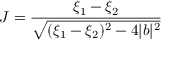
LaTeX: J = { \frac { \xi _ { 1 } - \xi _ { 2 } } { \sqrt { ( \xi _ { 1 } - \xi _ { 2 } ) ^ { 2 } - 4 | b | ^ { 2 } } } }